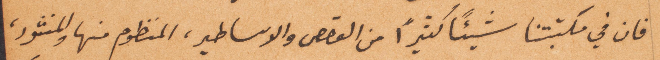
فان في مكتبتنا شيئًا كثيرًا من القصص والاساطير المنظوم منها والمنشود